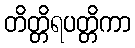
တိတ္တိရပတ္တိကာ